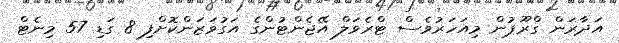
އަދާރަން ގްރޫޕުން މިއަހަރުވެސް ޓްރެވަލް އޭޖެންޓުންގެ އަގުވަޒަންކޮށްފި 8 ގަޑި 57 މިނެޓް